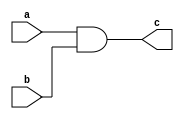
`timescale 1ns / 1ps
//////////////////////////////////////////////////////////////////////////////////
// Company: 
// Engineer: 
// 
// Design Name: 
// Module Name:    and_gate 
// Project Name: 
// Target Devices: 
// Tool versions: 
// Description: 
//
// Dependencies: 
//
// Revision: 
// Revision 0.01 - File Created
// Additional Comments: 
//
//////////////////////////////////////////////////////////////////////////////////
module and_gate(input a,b,output c);

assign c=a&b;

endmodule